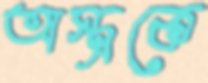
অস্ত্রকে